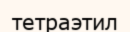
тетраэтил